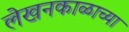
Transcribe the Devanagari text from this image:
लेखनकाळाच्या